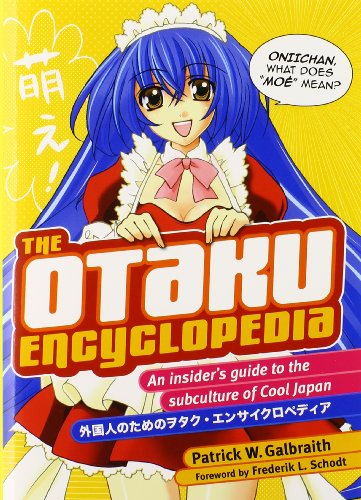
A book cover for The Otaku Encyclopedia: An Insider's Guide to the Subculture of Cool Japan; Patrick W. Galbraith; Comics & Graphic Novels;